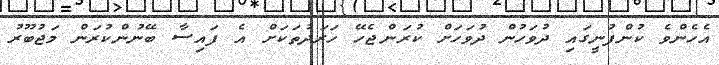
އެހެންވެ ކުންފުނީގައި ދުވަހުން ދުވަހަށް ކުރަންޖެހޭ ހަރަދުތަކަށް އެ ފައިސާ ބޭނުންކުރަން މަޖުބޫރު